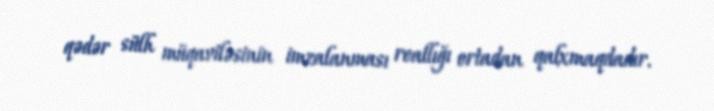
qədər sülh müqaviləsinin imzalanması reallığı ortadan qalxmaqdadır.